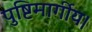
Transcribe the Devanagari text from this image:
पुष्टिमार्गीय।